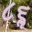
૮૬ૢ